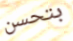
بتحسن